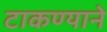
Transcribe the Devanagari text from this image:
टाकण्याने